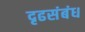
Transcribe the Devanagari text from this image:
दृढसंबंध